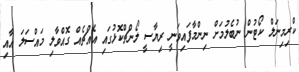
ކްރިމިނަލް ކޯޓުން ނުބެލުމަށް ނިންމާފައިވަނީ ރިޔާސީ ލޯންޗްކޮޅުގައި އެއްޗެއް ގޮއްވާލި މައްސަލަ އާއި